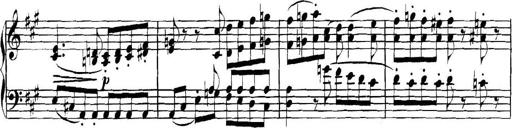
Title: Collected Piano Sonatas
Composer: Muzio Clementi